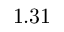
1 . 3 1